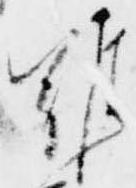
難